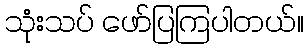
သုံးသပ် ဖော်ပြကြပါတယ်။